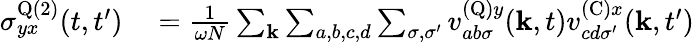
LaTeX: \begin{array}{rl}{\sigma_{yx}^{\textrm{Q}(2)}(t,t^{\prime})}&{{}=\frac{1}{\omega N}\sum_{\mathbf{k}}\sum_{a,b,c,d}\sum_{\sigma,\sigma^{\prime}}v_{ab\sigma}^{(\textrm{Q})y}(\mathbf{k},t)v_{cd\sigma^{\prime}}^{(\textrm{C})x}(\mathbf{k},t^{\prime})}\end{array}